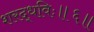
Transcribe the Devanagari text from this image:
शरद्धविः॥६॥